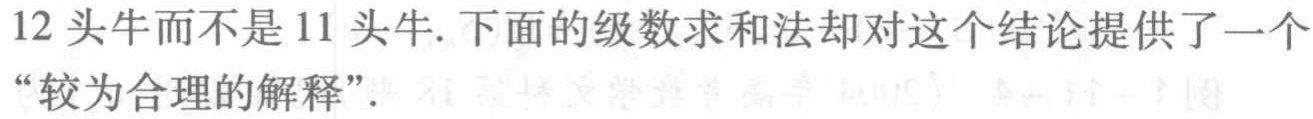
12头牛而不是11头牛.下面的级数求和法却对这个结论提供了一个“较为合理的解释”.